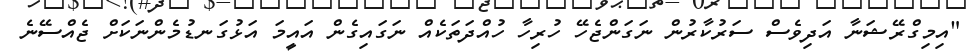
"އިމިގްރޭޝަނާ އަދިވެސް ސަރުކާރުން ނަގަންޖެހޭ ހުރިހާ ހުއްދަތަކެއް ނަގައިގެން އައީމަ އަޅުގަނޑުމެންނަކަށް ޖެއްސޭނެ